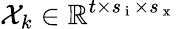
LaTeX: \mathcal{X}_{k}\in\mathbb{R}^{t\times s_{\mathrm{~i~}}\times s_{\mathrm{~x~}}}